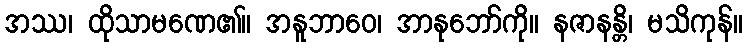
အဿ၊ ထိုသာမဏေ၏။ အနူဘာဝေ၊ အာနုဘော်ကို။ နဇာနန္တိ၊ မသိကုန်။